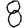
Digit: 8